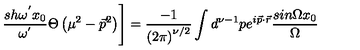
\left. \frac { s h { \omega } ^ { ' } x _ { 0 } } { { \omega } ^ { ' } } \Theta \left( { \mu } ^ { 2 } - { \vec { p } } ^ { 2 } \right) \right] = \frac { - 1 } { \left( 2 \pi \right) ^ { \nu / 2 } } \int d ^ { \nu - 1 } p e ^ { i \vec { p } \cdot \vec { r } } \frac { s i n \Omega x _ { 0 } } { \Omega }